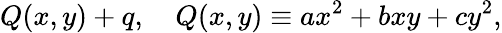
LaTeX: Q(x,y)+q,\ \ \ \ Q(x,y)\equiv ax^{2}+bxy+cy^{2},